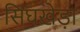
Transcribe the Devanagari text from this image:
सिंघखेड़ा